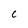
Character: C